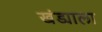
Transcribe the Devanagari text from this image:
खंड्याला